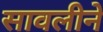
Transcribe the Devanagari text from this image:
सावलीने